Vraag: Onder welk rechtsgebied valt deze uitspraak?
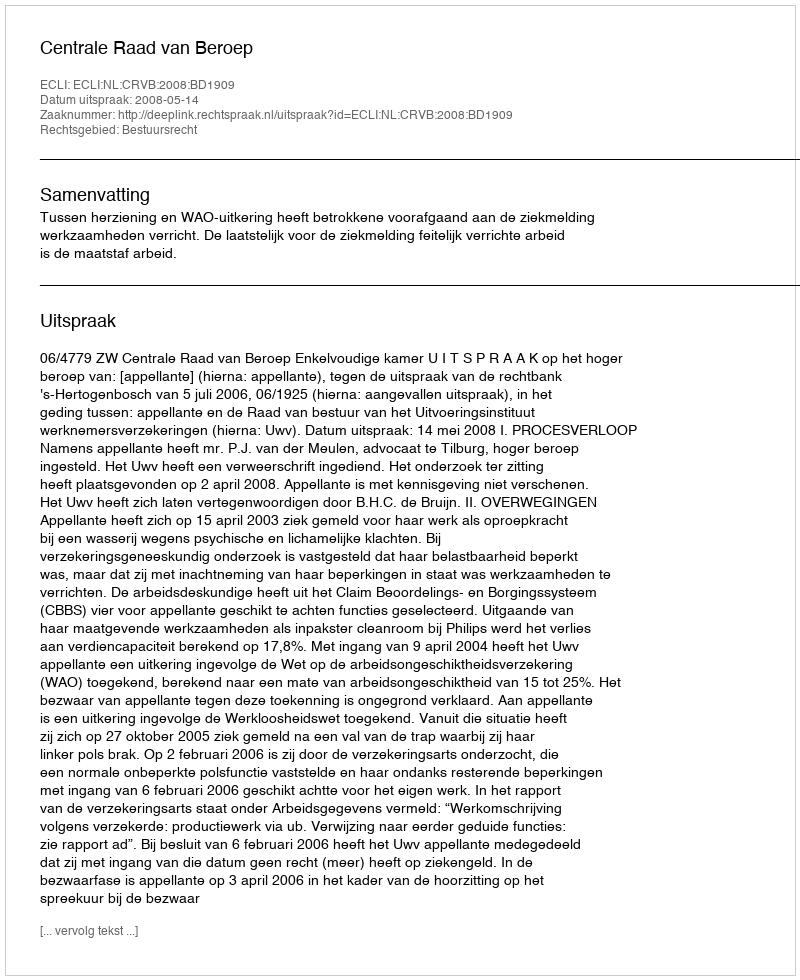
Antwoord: Bestuursrecht